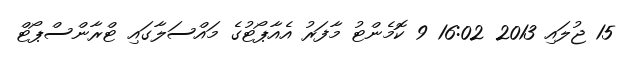
15 ޖުލައި 2013 16:02 9 ކޮމެންޓު މާފަރު އެއާޕޯޓުގެ މައްސަލާގައި ޓްރާންސްޕޯޓް